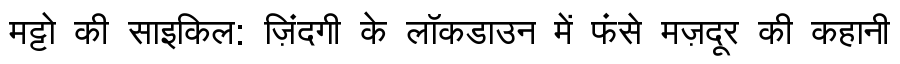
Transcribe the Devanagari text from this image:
मट्टो की साइकिल: ज़िंदगी के लॉकडाउन में फंसे मज़दूर की कहानी